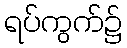
ရပ်ကွက်၌